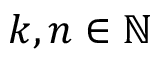
k , n \in \mathbb { N }